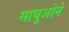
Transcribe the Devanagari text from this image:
साधुओने